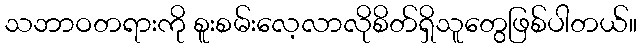
သဘာဝတရားကို စူးစမ်းလေ့လာလိုစိတ်ရှိသူတွေဖြစ်ပါတယ်။